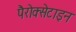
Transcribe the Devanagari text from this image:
पैरोक्सेटाइन